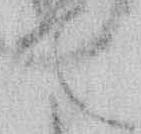
て